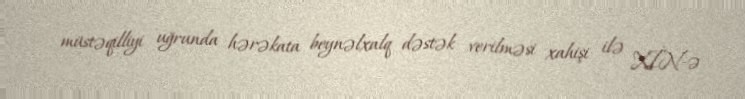
müstəqilliyi uğrunda hərəkata beynəlxalq dəstək verilməsi xahişi ilə XİN-ə